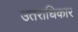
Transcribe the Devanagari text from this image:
उतराधिकार